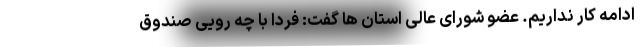
ادامه کار نداریم. عضو شورای عالی استان ها گفت: فردا با چه رویی صندوق